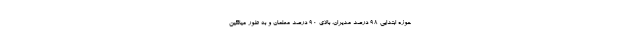
حوزه ابتدایی ۹۸ درصد مدیران، بالای ۹۰ درصد معلمان و به طور میانگین